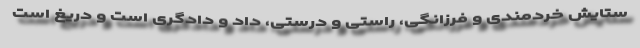
ستایش خردمندی و فرزانگی، راستی و درستی، داد و دادگری است و دریغ است